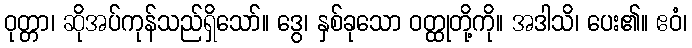
ဝုတ္တာ၊ ဆိုအပ်ကုန်သည်ရှိသော်။ ဒွေ၊ နှစ်ခုသော ဝတ္ထုတို့ကို။ အဒါသိ၊ ပေး၏။ ဧဝံ၊